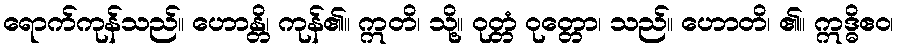
ရောက်ကုန်သည်။ ဟောန္တိ၊ ကုန်၏။ ဣတိ၊ သို့။ ဝုတ္တံ ဝုတ္တော၊ သည်။ ဟောတိ၊ ၏။ ဣဒ္ဓိဧဝ၊